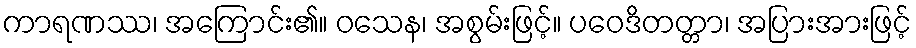
ကာရဏဿ၊ အကြောင်း၏။ ဝသေန၊ အစွမ်းဖြင့်။ ပဝေဒိတတ္တာ၊ အပြားအားဖြင့်